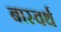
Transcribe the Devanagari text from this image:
बास्वर्थ